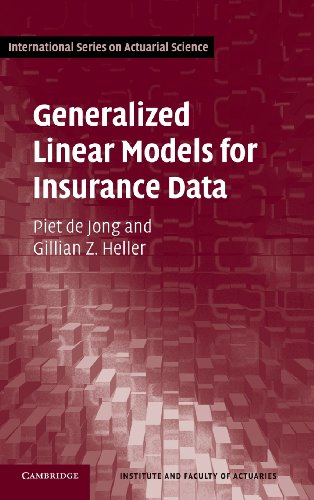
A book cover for Generalized Linear Models for Insurance Data (International Series on Actuarial Science); Piet de Jong; Business & Money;